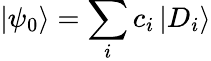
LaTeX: \left|\psi_{0}\right>=\sum_{i}c_{i}\left|D_{i}\right>